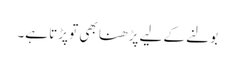
بولنے کے لیے پڑھنا بھی تو پڑتا ہے۔